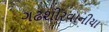
ગઢશીરવાનીયા